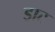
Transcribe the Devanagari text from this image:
ड्राट